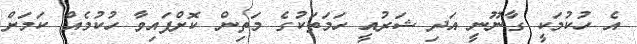
އެ ހުކުމަކީ ގާނޫނީ އަދި ޝަރުއީ ހަމަތަކުގެ މަތިން ކޮށްފައިވާ ހުކުމެއް ކަމަށް